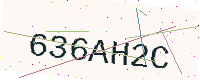
Text: 636AH2C